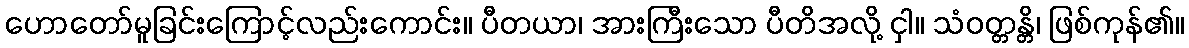
ဟောတော်မူခြင်းကြောင့်လည်းကောင်း။ ပီတယာ၊ အားကြီးသော ပီတိအလို့ ငှါ။ သံဝတ္တန္တိ၊ ဖြစ်ကုန်၏။